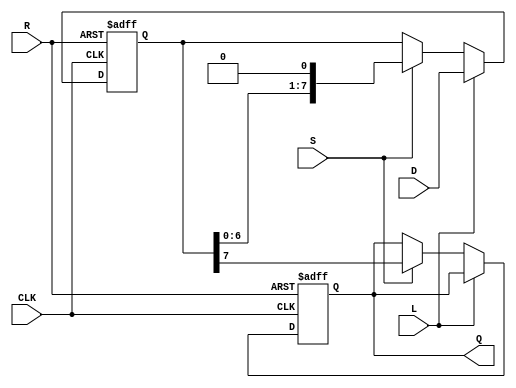
module PISO_Register #(
    parameter N = 8 // Width of the parallel data input
)(
    input  wire [N-1:0] D,   // Parallel Data Input
    input  wire L,           // Load control signal
    input  wire S,           // Shift control signal
    input  wire CLK,         // Clock signal
    input  wire R,           // Asynchronous Reset
    output reg  Q           // Serial Output
);

    reg [N-1:0] register; // Internal register to hold parallel data

    always @(posedge CLK or posedge R) begin
        if (R) begin
            // Asynchronous reset: clear the register
            register <= {N{1'b0}};
            Q <= 1'b0; // Reset Q to 0
        end else begin
            if (L) begin
                // Load data into the register
                register <= D;
            end else if (S) begin
                // Shift operation
                Q <= register[N-1]; // Output the MSB to Q
                register <= {register[N-2:0], 1'b0}; // Shift right and fill LSB with 0
            end
        end
    end

endmodule